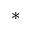
^ { * }